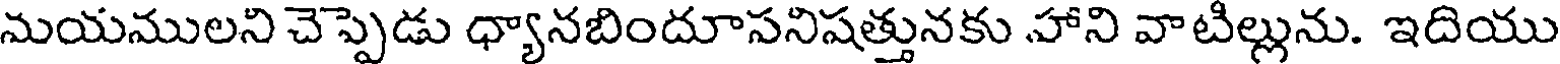
మయములని చెప్పెడు ధ్యానబిందూసనిషత్తునకు హాని వాటిల్లును. ఇదియు